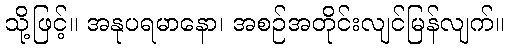
သို့ဖြင့်။ အနုပရမာနော၊ အစဉ်အတိုင်းလျင်မြန်လျက်။